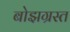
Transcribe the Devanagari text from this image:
बोझग्रस्त